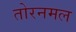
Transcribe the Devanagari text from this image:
तोरनमल